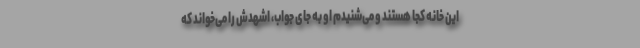
این خانه کجا هستند و می‌شنیدم او به جای جواب، اشهدش را می‌خواند که